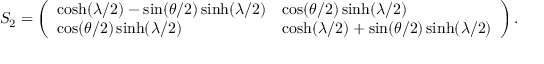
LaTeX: S _ { 2 } = \left( \begin{array} { l l } { { \cosh ( \lambda / 2 ) - \sin ( \theta / 2 ) \sinh ( \lambda / 2 ) } } & { { \cos ( \theta / 2 ) \sinh ( \lambda / 2 ) } } \\ { { \cos ( \theta / 2 ) \sinh ( \lambda / 2 ) } } & { { \cosh ( \lambda / 2 ) + \sin ( \theta / 2 ) \sinh ( \lambda / 2 ) } } \end{array} \right) .